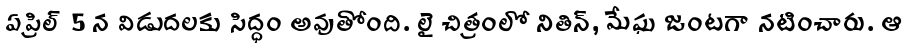
ఏప్రిల్ 5 న విడుదలకు సిద్ధం అవుతోంది. లై చిత్రంలో నితిన్, మేఘ జంటగా నటించారు. ఆ